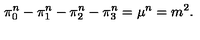
\pi _ { 0 } ^ { n } - \pi _ { 1 } ^ { n } - \pi _ { 2 } ^ { n } - \pi _ { 3 } ^ { n } = \mu ^ { n } = m ^ { 2 } .